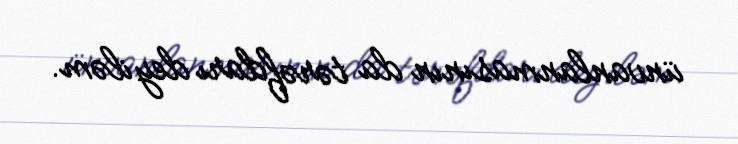
ünvanlanmasının da tərəfdarı deyiləm.